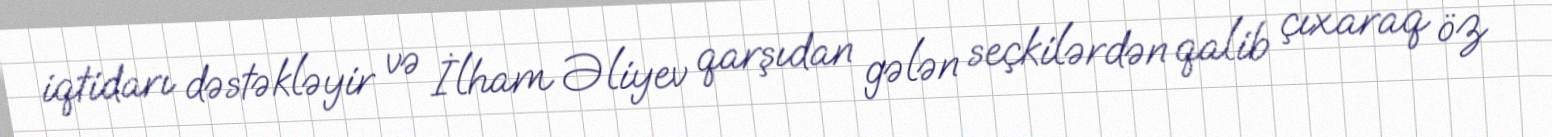
iqtidarı dəstəkləyir və İlham Əliyev qarşıdan gələn seçkilərdən qalib çıxaraq öz